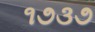
૧૭૩૭